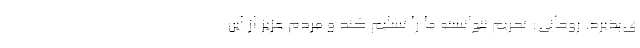
ی‌پذیرد. روحانی: تحریم نتوانسته ما را تسلیم کند و مردم عزیز از این